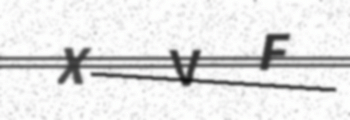
Text: XVF